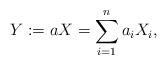
LaTeX: \begin{align*}Y:=aX=\sum_{i=1}^{n}a_iX_i,\end{align*}